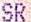
SR